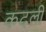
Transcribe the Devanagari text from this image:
कदलीं